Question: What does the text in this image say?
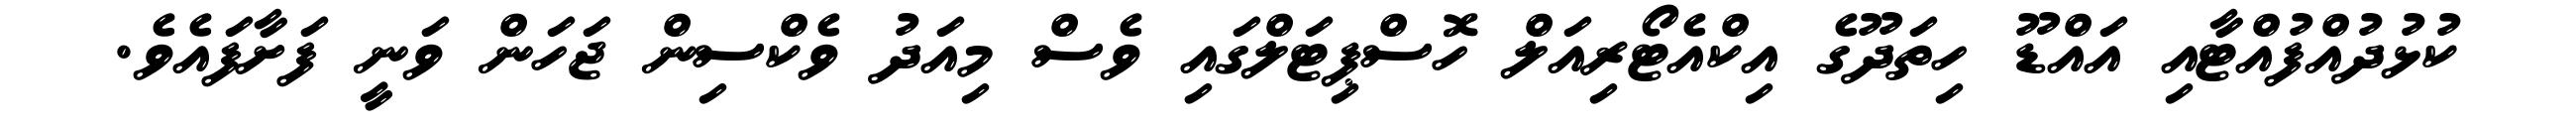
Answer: ކުޅުދުއްފުއްޓާއި އައްޑޫ ހިތަދޫގެ އިކްއެޓޯރިއަލް ހޮސްޕިޓަލްގައި ވެސް މިއަދު ވެކްސިން ޖަހަން ވަނީ ފަށާފައެވެ.